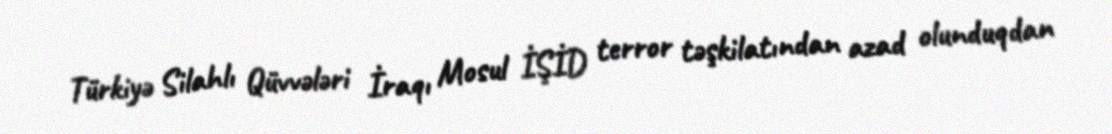
Türkiyə Silahlı Qüvvələri İraqı Mosul İŞİD terror təşkilatından azad olunduqdan